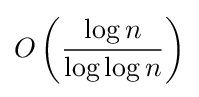
O\left({\frac {\log n}{\log \log n}}\right)